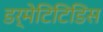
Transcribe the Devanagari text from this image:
डर्मेटिटिडिस